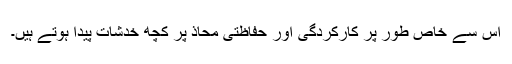
اس سے خاص طور پر کارکردگی اور حفاظتی محاذ پر کچھ خدشات پیدا ہوتے ہیں۔